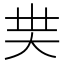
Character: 𡗿